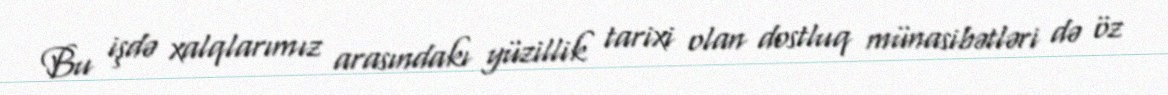
Bu işdə xalqlarımız arasındakı yüzillik tarixi olan dostluq münasibətləri də öz